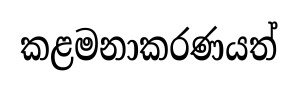
කළමනාකරණයත්